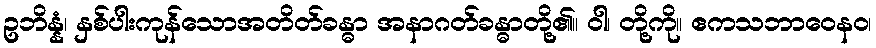
ဥဘိန္နံ၊ နှစ်ပါးကုန်သောအတိတ်ခန္ဓာ အနာဂတ်ခန္ဓာတို့၏။ ဝါ၊ တို့ကို။ ဧကသဘာဝေနဝ၊